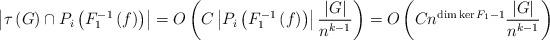
LaTeX: \begin{gather*}\begin{align*}\left| \tau \left( G \right) \cap P_i \left( F_1^{-1} \left( f \right) \right) \right|= O \left( C \left| P_i \left( F_1^{-1} \left( f \right) \right) \right| \frac{\left| G \right|}{n^{k-1}} \right)= O \left( C n^{\dim \ker F_1 - 1} \frac{ \left| G \right| }{n^{k-1}} \right)\end{align*}\end{gather*}